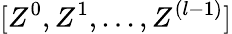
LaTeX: [{Z}^{0},{Z}^{1},...,{Z}^{(l-1)}]